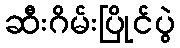
ဆီးဂိမ်းပြိုင်ပွဲ